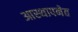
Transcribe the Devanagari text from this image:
आस्थापनेत